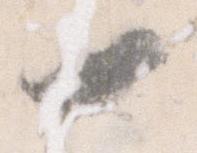
一